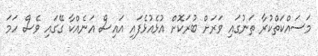
މަސައްކަތްކުރާ ތަނުގައި ވަރަށް ބުރަކޮށް އުޅެއުޅެފައި އައިސް އަނެއްކާ ގޭގައި ވެސް ހަމަ